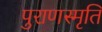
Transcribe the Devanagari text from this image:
पुराणस्मृति